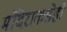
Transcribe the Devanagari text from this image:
मंदिराकडेही